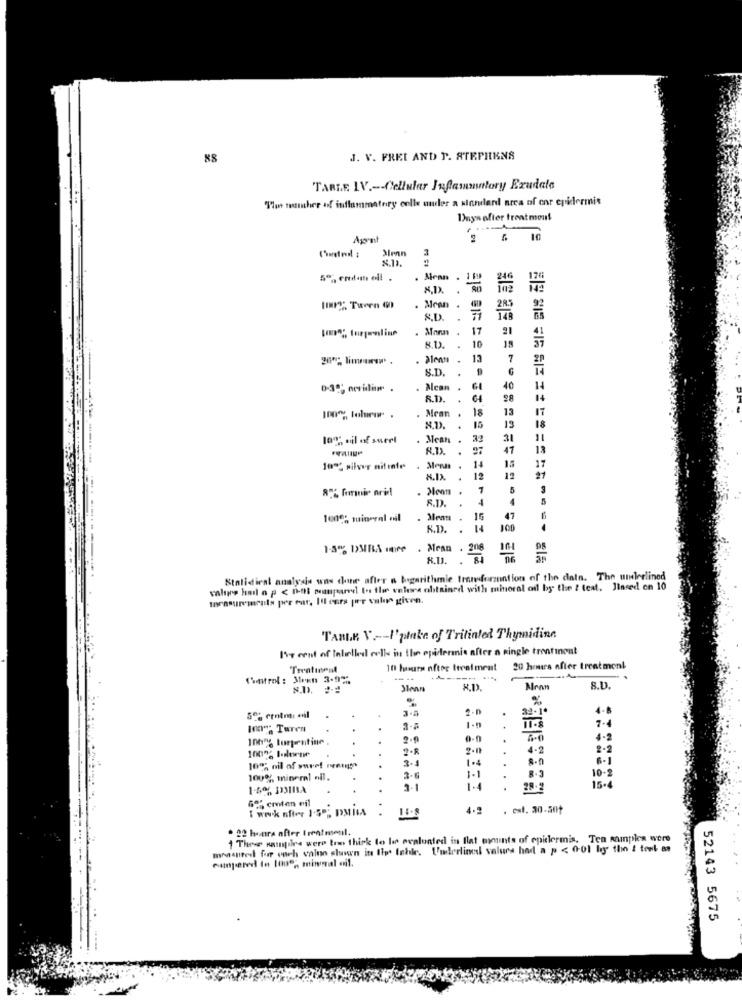
88
J. V. FREE AND P. STEPHENS
TARLE IV .-- Cellular Inflammatory Exudate
"The number of inflammatory colle ouder a standard area of cor epklermit
Days after treatment
Agent
2 5 10
Alenn
3
2.13.
. Menn . 119
.
try". Tween ()
Mean .
285
S.D.
. Marm .
17
10
57
18
.
13
7
S.D
. Acan
40
R.D.
.
64
14
. Mean
18
13
17
100%%, tohvor .
15
13
18
10% tilof swert
Mean
31
11
R.D.
47
13
14
100% silver nifinte
. Menas
15
17
12
21
1
S.D.
4
-
15
+1
47
K.D.
100
1-80% DMBA ure
. Mean.
208
98
8.D.
Stolidieal analysis was done after a bugarithmie trenderzantion of the data. The underlined
valipre hail o p < 0-at manpaneel to flee valere obtained with mineral oil by the ! teat. Jineed on 10
Toensurements per ear, Illeurs per valor given.
TABLE V .-- I'plaka of Trilinted Thymidina
I've cent of labelled cells in the epidermis after a single trentinent
10 hours after Itrafment
20 homers after treatment
Control : Steen 3-9%%
Mron
S.D.
4-8
7.4
In Turen
+
10076 turpentine
2.0
0-0
.
4-2
10022 toluene
2.0
.
4.2
2-2
1.4
6-1
10%; oil of suve! nening
10-2
100%, mineral oil.
1-1
1-50% 1311A
2-1
28.2
15.4
I wwk after 1.5. DMILA.
4.2
. csl. 30-ant
. 22 honra after trentmenil.
1 Thee vampire were tom thick to lo evalonted in flat uyuints of epidermis. Ten samples were
mmasuited for each valuo shown its Ilys tahle. Underlink values had a p < 0-01 by the i test as
....
52143 5675